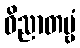
ဝိညာတဗ္ဗံ